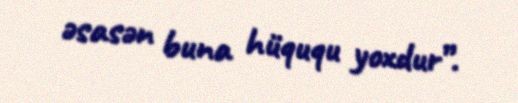
əsasən buna hüququ yoxdur”.